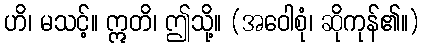
ဟိ၊ မသင့်။ ဣတိ၊ ဤသို့။ (အဝေါစုံ၊ ဆိုကုန်၏။)